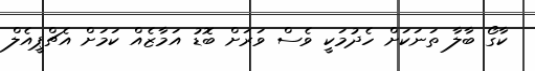
ކާގޯ ބާލާ ތަނަކަށް ހެދުމަކީ ވެސް ވަރަށް ބޮޑު އަމާޒެއް ކަމަށް އެޗްޕީއެލް